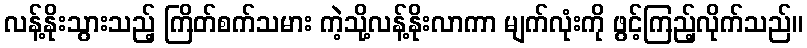
လန့်နိုးသွားသည့် ကြိတ်စက်သမား ကဲ့သို့လန့်နိုးလာကာ မျက်လုံးကို ဖွင့်ကြည့်လိုက်သည်။